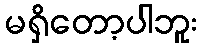
မရှိတော့ပါဘူး